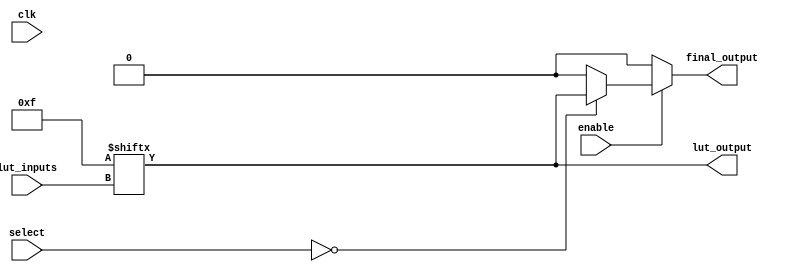
module CLB (
    input wire [3:0] lut_inputs, // 4-inputs for LUT
    input wire [1:0] select,     // Selector for 2-to-1 MUX
    input wire enable,            // Control signal to enable or disable output
    input wire clk,               // Clock signal for synchronous operations
    output wire lut_output,       // Output from the LUT
    output wire final_output      // Final output after MUX
);

// Parameter for LUT size
parameter LUT_SIZE = 16;

// LUT Initialization (Truth Table)
reg [LUT_SIZE-1:0] lut_memory;
initial begin
    // Example truth table for a specific logic function (e.g., AND)
    lut_memory = 16'b0000000000001111; // Only outputs for inputs [3:0] = 4'bxxxx0xxx
end

// LUT operation
assign lut_output = lut_memory[lut_inputs];

// 2-to-1 MUX
wire mux_output;
assign mux_output = (select == 2'b00) ? lut_output : 1'b0; // Example output option

// Output control
assign final_output = enable ? mux_output : 1'b0; // Enable/Disable logic

endmodule